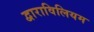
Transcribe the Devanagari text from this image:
द्वाराविलियम